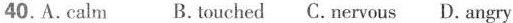
40.A.calm B. touched C.nervous D. angry